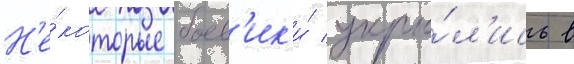
Н'е́которые боев'ик'и́ укры́л'ись в